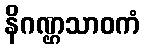
နိဂဏ္ဌသာဝကံ